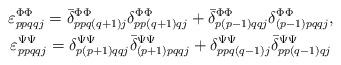
LaTeX: \begin{gather*}\varepsilon^{\Phi\Phi}_{ppqqj}= \Bar{\delta}^{\Phi\Phi}_{ppq(q+1)j} \delta^{\Phi\Phi}_{pp(q+1)qj} + \Bar{\delta}^{\Phi\Phi}_{p(p-1)qqj} \delta^{\Phi\Phi}_{(p-1)pqqj},\\\varepsilon^{\Psi\Psi}_{ppqqj}= \delta^{\Psi\Psi}_{p(p+1)qqj} \Bar{\delta}^{\Psi\Psi}_{(p+1)pqqj} + \delta^{\Psi\Psi}_{ppq(q-1)j} \Bar{\delta}^{\Psi\Psi}_{pp(q-1)qj}\end{gather*}